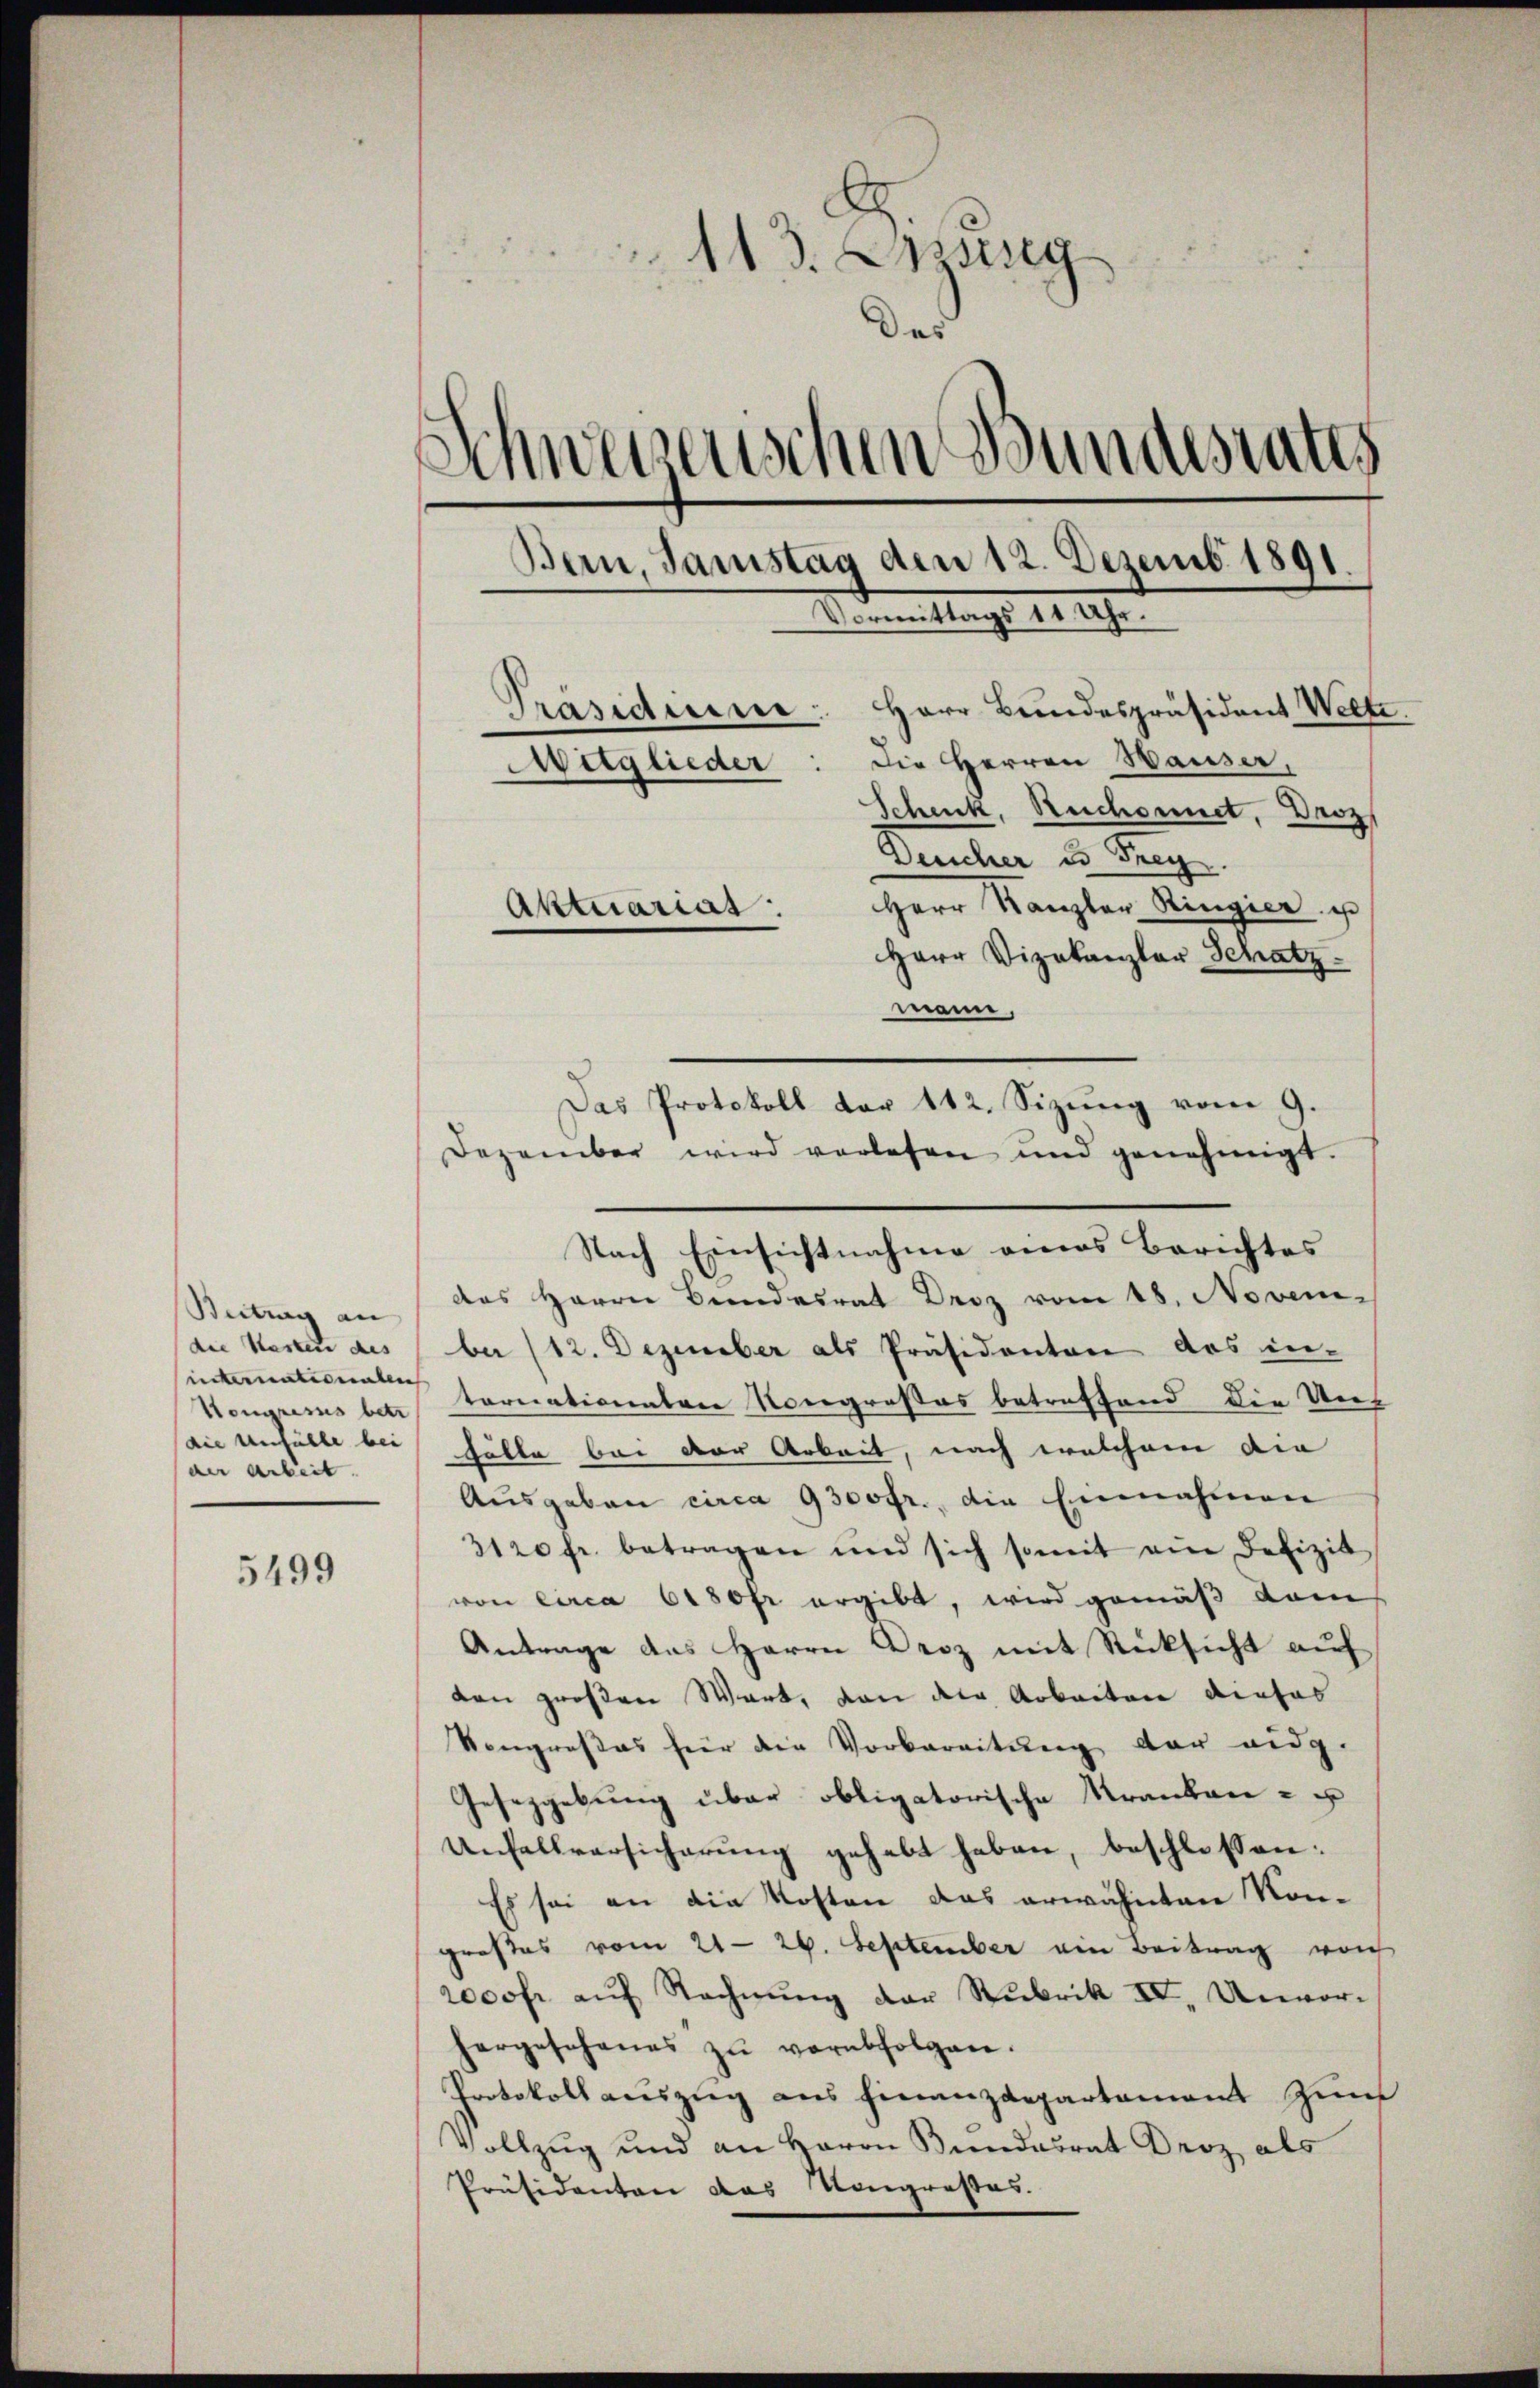
Seitung an
internteilen
Kongresses betr
der Arbeit. |

5499

113. Burg
der
Schweberischen Bundesrates
Bern, Samstag den 12. Dezemb. 1891.
Vormittags de sehr

Präsidiene: Herr Bundespräsident Welte.
Wiglieder: Die Herren Hauser,
Schenk, Reichnet, Droz
Demter u. Sarg
Herr Kanzler Ringier ist
Herr Vizekanzler Schatz
mann,
Dezember wird verlesen und genehmigt.
Nach Einsichtnahme eines Berichtes
das Herrn Bundesrat Droz vom 18. Novem-
die Kasten des (bei (12. Dezember als Präsidenten das in-
tornationaten Nongroßes betreffend die Uns
(die Unfälle bei Fälle bei der Arbeit, nach welchem die
Ausgaben circa 9300fr., die Einnahmen
3120 fr. betragen und sich somit ein Defizit
von circa 6180 fr ergibt, wird gemäß dem
Antrage des Herrn Droz mit Rücksicht auf
den großen Wart, von der Arbeiten dieses
Vongroßes hier die Vorbereitŭng der eidg.
Gesezgebung über obligatorische Krankene - u
Unfallversicherung gehabt haben, beschlossen:
Es sei an die Kosten das erwähnten Kon-
großes vom 21. 26. September ein Beitrag von
2000fr. aŭf Rechnŭng der Rubrik IV, Unvor-
hergeschenes zŭ verabfolgen.
Protokoll auszug aus finanzdepartament zum
Vollzug und an Herrn Bundesrat Droz als
Präsidenten das Kongresses.

Aktuariat

Das Protokoll der 112. Sizung vom 9.